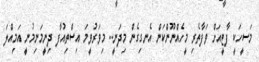
މަސީހަކީ ފާޓީއަށް ވަފާތެރި މީހެއްނޫންކަން އެނގިގެން މިދަނީ.. މިވަރުވީމަ އިސްތިއުފާ ދިނީމަނިމުނީ އަމިއްލަ